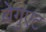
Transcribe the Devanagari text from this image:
बेगुएट